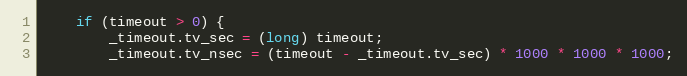
Language: C++
    if (timeout > 0) {
        _timeout.tv_sec = (long) timeout;
        _timeout.tv_nsec = (timeout - _timeout.tv_sec) * 1000 * 1000 * 1000;